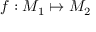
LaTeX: f : M _ { 1 } \mapsto M _ { 2 }